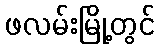
ဖလမ်းမြို့တွင်